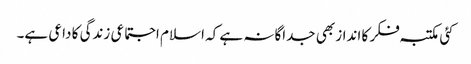
کئی مکتبہ فکر کا انداز بھی جداگانہ ہے کہ اسلام اجتماعی زندگی کا داعی ہے۔